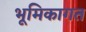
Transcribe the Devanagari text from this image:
भूमिकागत